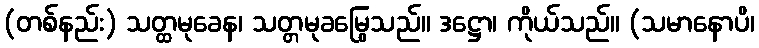
(တစ်နည်း) သတ္ထမုခေန၊ သတ္တမုခမြွေသည်။ ဒဋ္ဌော၊ ကိုယ်သည်။ (သမာနောပိ၊